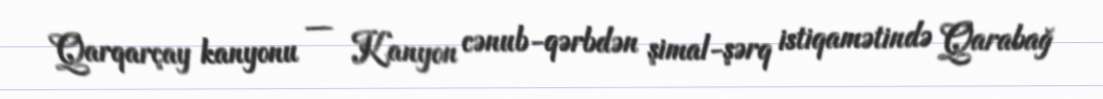
Qarqarçay kanyonu — Kanyon cənub-qərbdən şimal-şərq istiqamətində Qarabağ